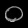
Digit: ၀